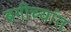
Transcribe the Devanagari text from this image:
बगीच्यांत